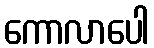
ကောလာပေါ